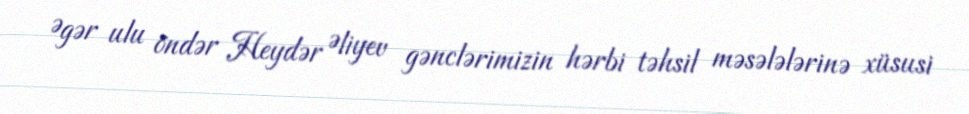
Əgər ulu öndər Heydər Əliyev gənclərimizin hərbi təhsil məsələlərinə xüsusi